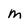
Character: m